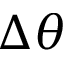
\Delta \theta